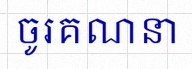
ចូរគណនា